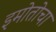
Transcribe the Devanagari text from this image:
इमोतोचा